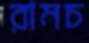
রামচ